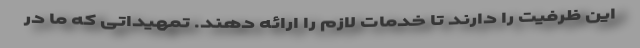
این ظرفیت را دارند تا خدمات لازم را ارائه دهند. تمهیداتی که ما در